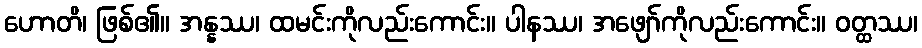
ဟောတိ၊ ဖြစ်၏။ အန္နဿ၊ ထမင်းကိုလည်းကောင်း။ ပါနဿ၊ အဖျော်ကိုလည်းကောင်း။ ဝတ္ထဿ၊